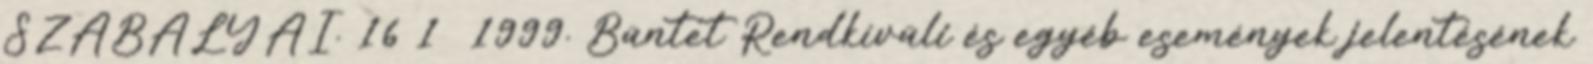
SZABÁLYAI. 16 1 1999. Büntet Rendkívüli és egyéb események jelentésének